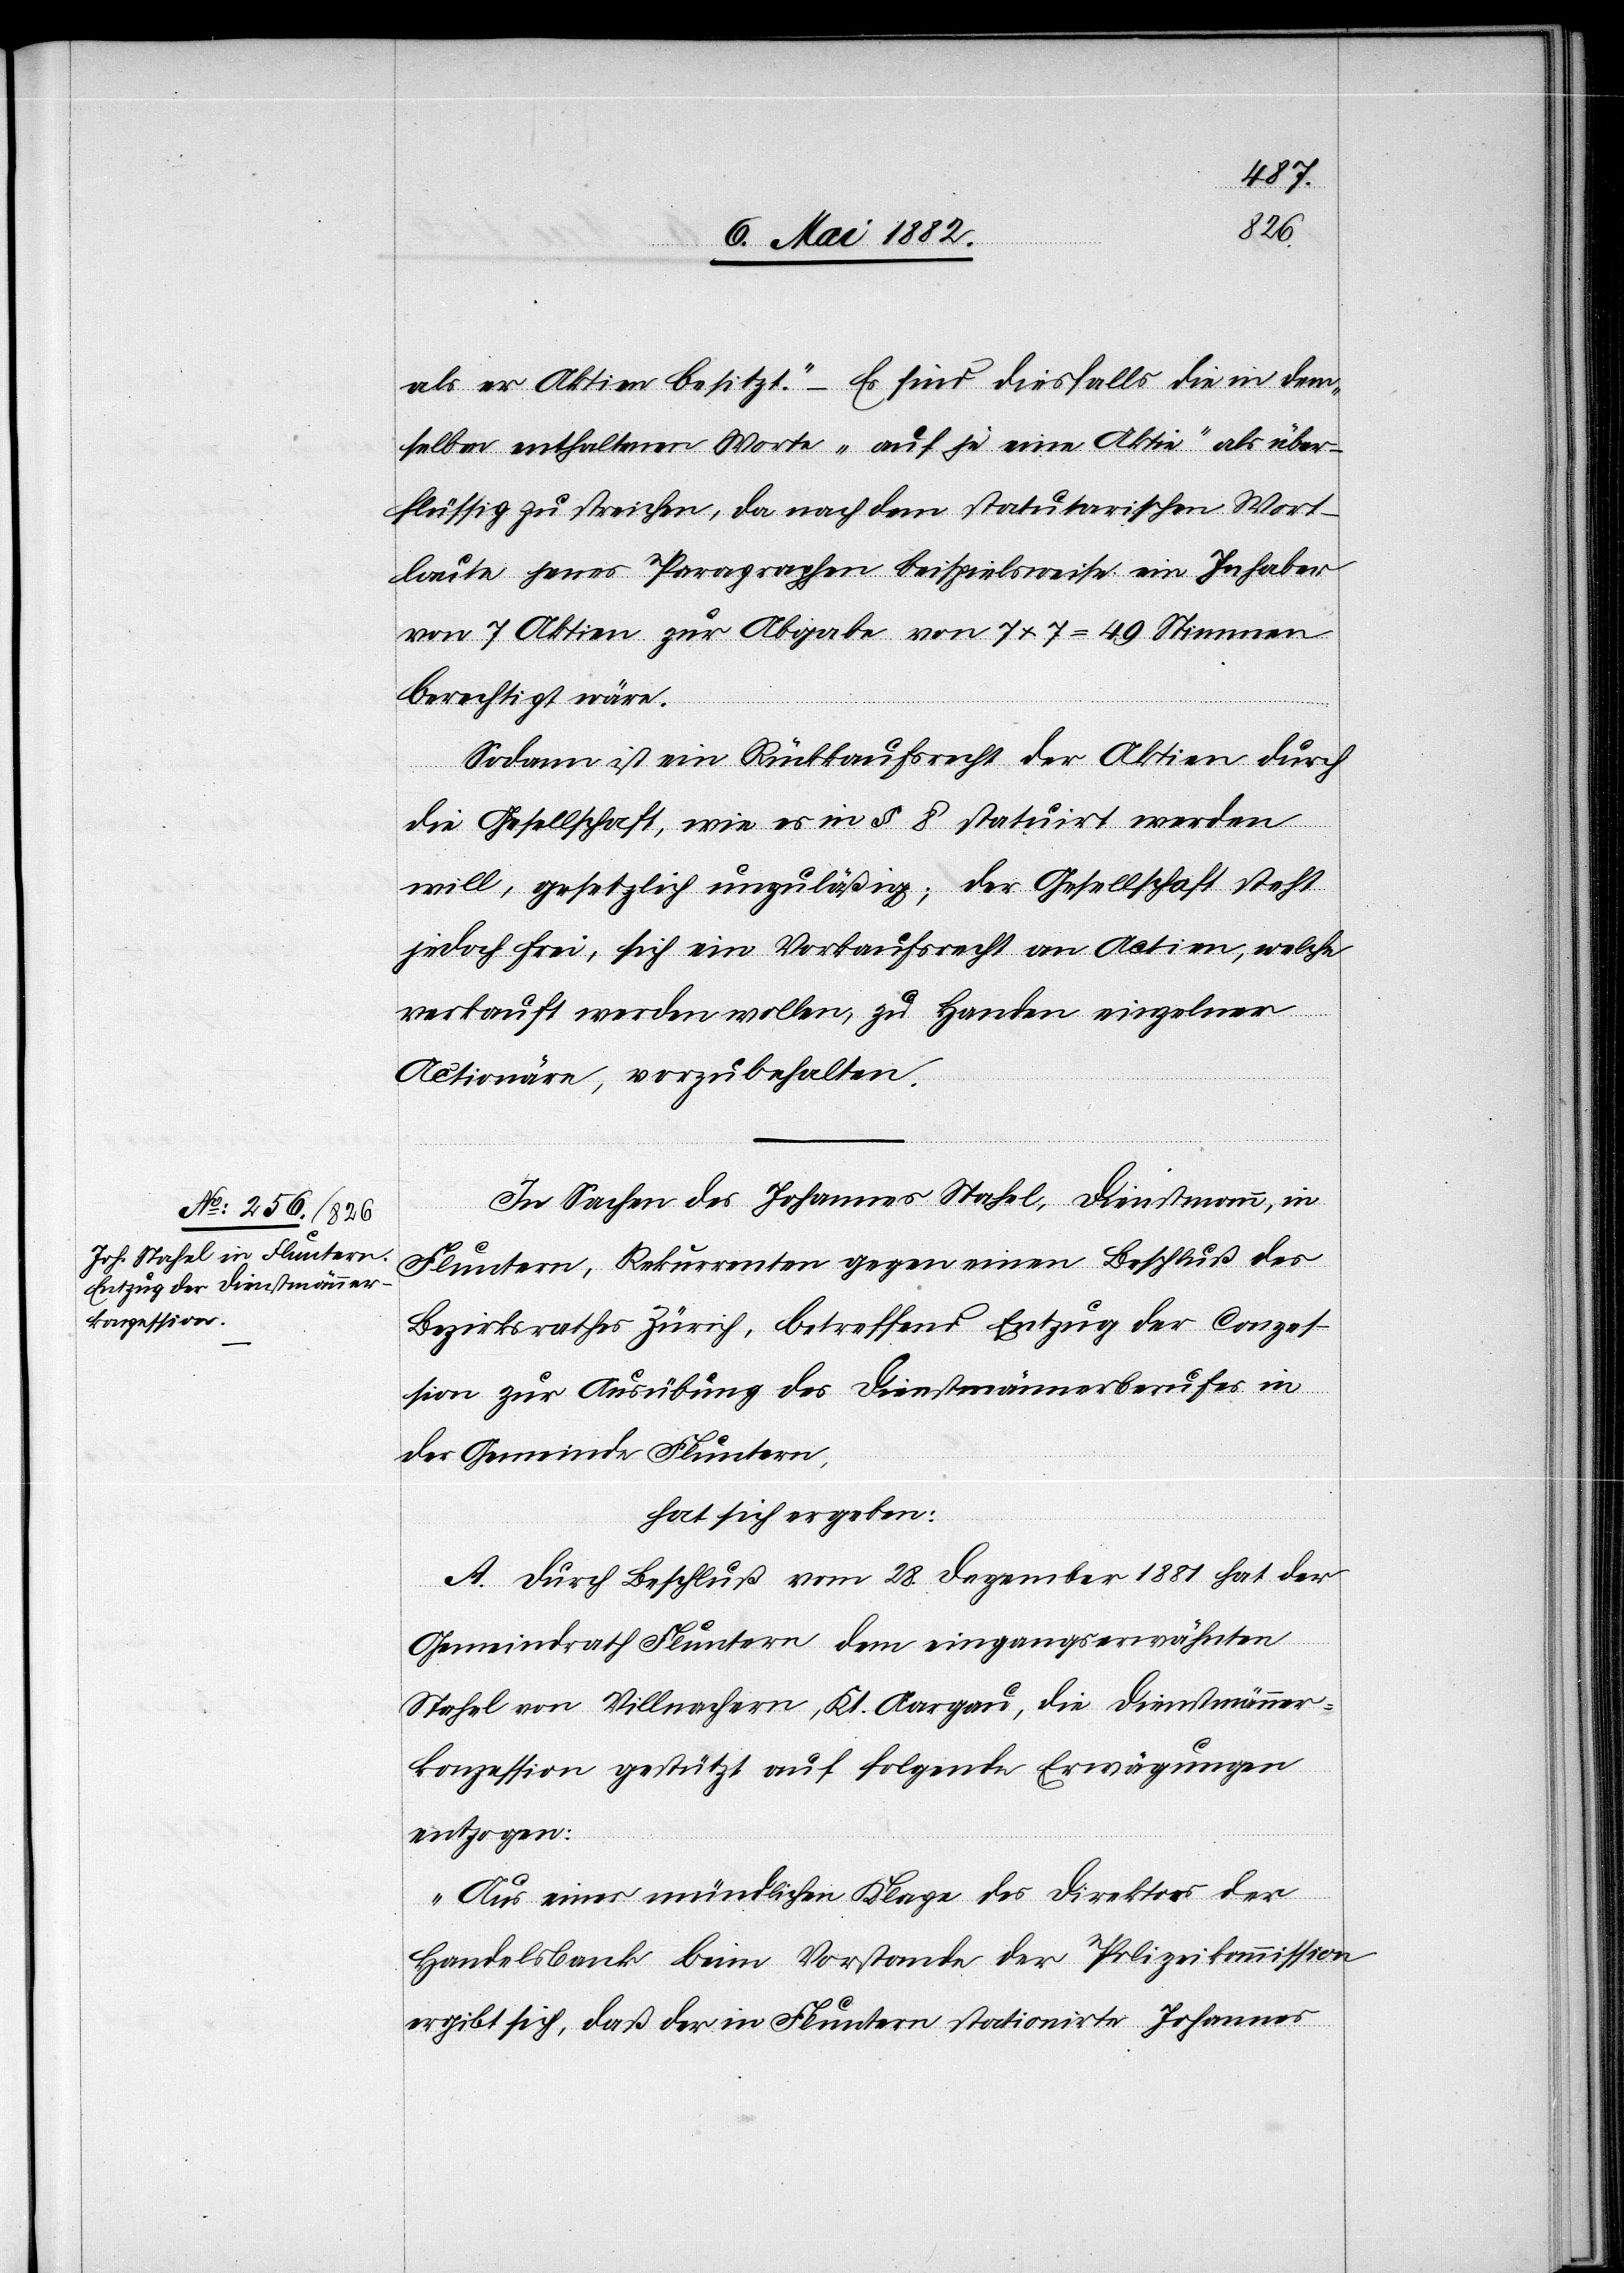
als er Aktien besitzt.“ – Es sind diesfalls die in den¬
selben enthaltenen Worte „auf je eine Aktie“ als über¬
flüssig zu streichen, da nach dem statuarischen Wort¬
laute jenes Paragraphen beispielsweise ein Inhaber
von 7 Aktien zur Abgabe von 7 x 7 = 49 Stimmen
berechtigt wäre.
Sodann ist ein Rückkaufsrecht der Aktien durch
die Gesellschaft, wie es in § 8 statuirt werden
will, gesetzlich unzuläßig; der Gesellschaft steht
jedoch frei, sich ein Verkaufsrecht an Actien, welche
verkauft werden wollen, zu Handen einzelner
Actionäre, vorzubehalten.
In Sachen des Johannes Stahel, Dienstmann, in
Fluntern, Rekurrenten gegen einen Beschluß des
Bezirksrathes Zürich, betreffend Entzug der Conzes¬
sion zur Ausübung des Dienstmännerberufes in
der Gemeinde Fluntern,
hat sich ergeben:
A. Durch Beschluß vom 28. Dezember 1881 hat der
Gemeindrath Fluntern dem eingangserwähnten
Stahel von Villnachern, Kt. Aargau, die Dienstmänner¬
konzession gestützt auf folgende Erwägungen
entzogen:
„Aus einer mündlichen Klage des Direktors der
Handelsbank beim Vorstande der Polizeikommission
ergibt sich, daß der in Fluntern stationirte Johannes